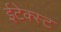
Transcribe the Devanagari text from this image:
ईटेक्स्ट